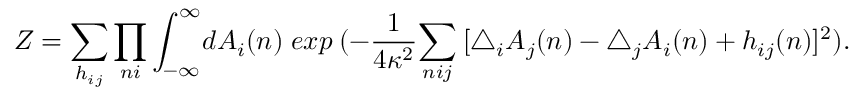
Z = \sum _ { h _ { i j } } \prod _ { n i } \int _ { - \infty } ^ { \infty } \! d A _ { i } ( n ) \; e x p \: ( - \frac { 1 } { 4 \kappa ^ { 2 } } { \sum _ { n i j } \: [ \bigtriangleup _ { i } A _ { j } ( n ) - \bigtriangleup _ { j } A _ { i } ( n ) + h _ { i j } ( n ) ] ^ { 2 } } ) .